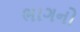
ભાગનો